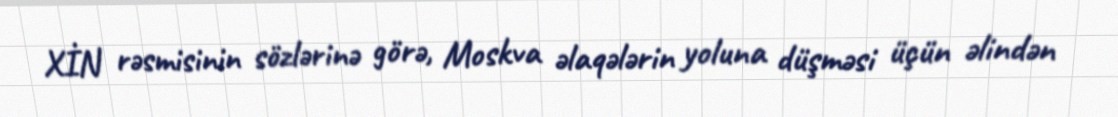
XİN rəsmisinin sözlərinə görə, Moskva əlaqələrin yoluna düşməsi üçün əlindən